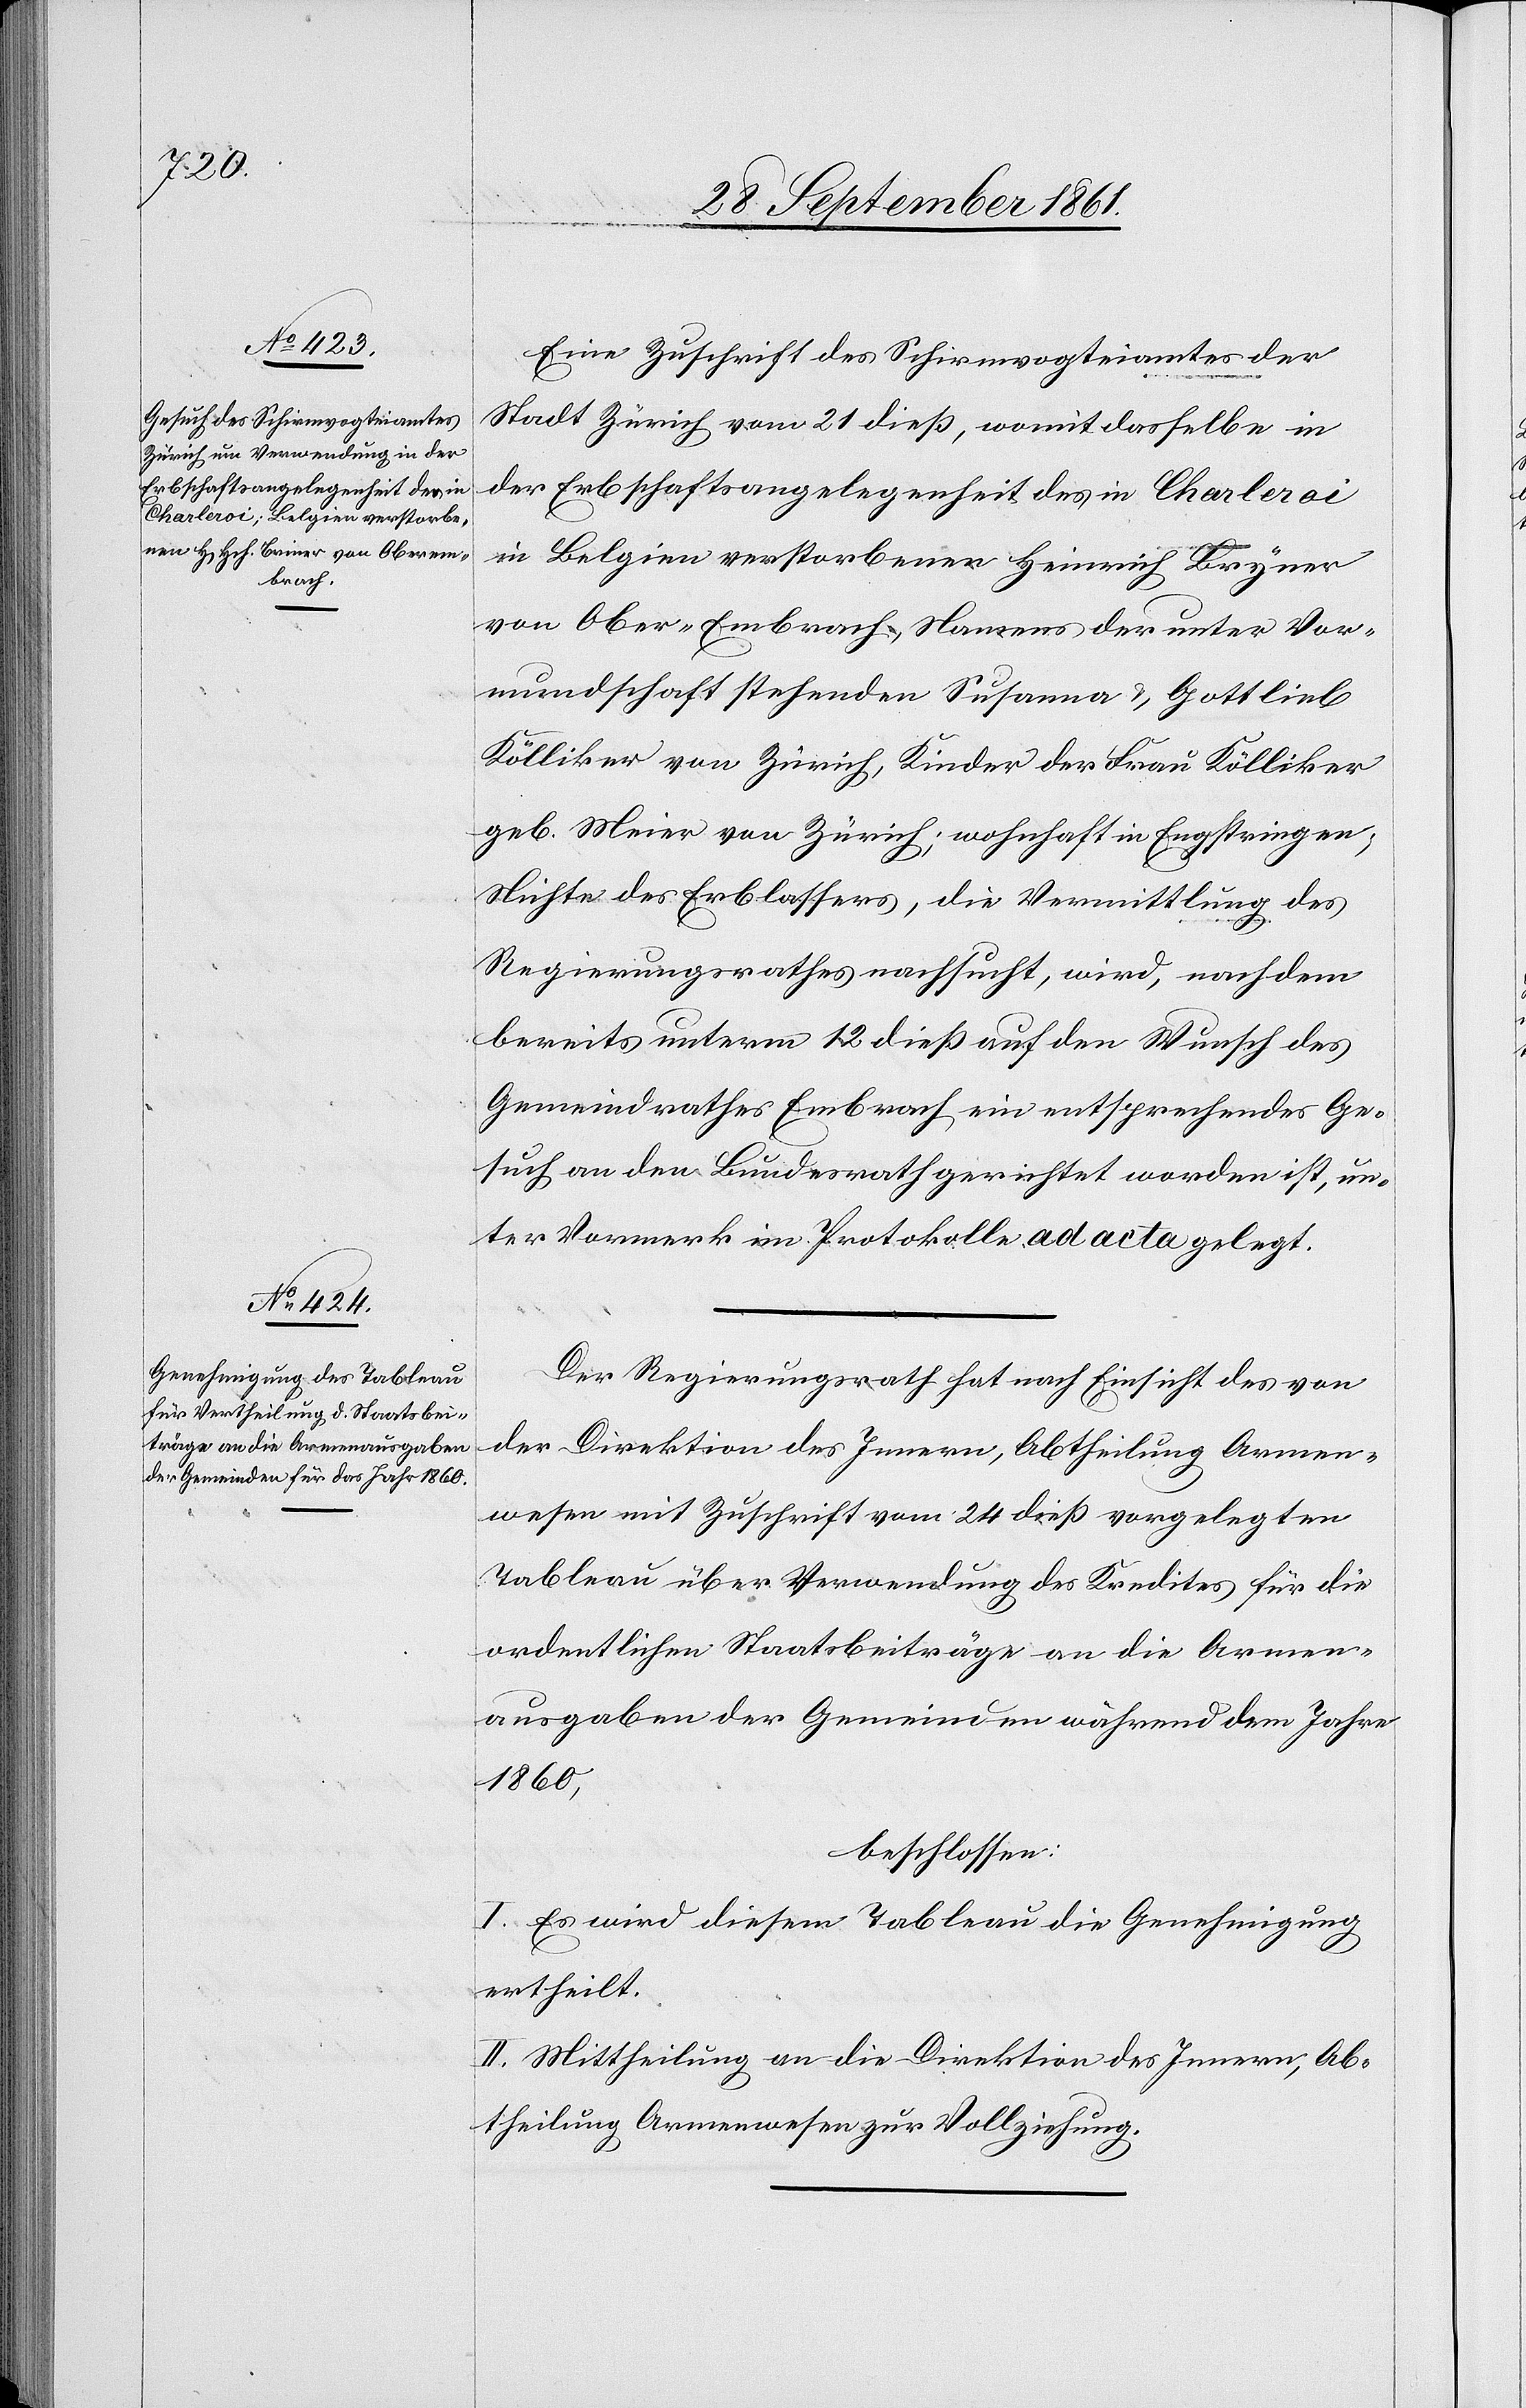
Eine Zuschrift des Schirmvogteiamtes der
Stadt Zürich vom 21 dieß, womit dasselbe in
der Erbschaftsangelegenheit des in Charleroi
in Belgien verstorbenen Heinrich Bryner
von Ober-Embrach, Namens der unter Vor¬
mundschaft stehenden Susanna u. Gottlieb
Kölliker von Zürich, Kinder der Frau Kölliker
geb. Meier von Zürich, wohnhaft in Engstringen,
Nichte des Erblassers, die Vermittlung des
Regierungsrathes nachsucht, wird, nachdem
bereits unterm 12 dieß auf den Wunsch des
Gemeindrathes Embrach ein entsprechendes Ge¬
such an den Bundesrath gerichtet worden ist, un¬
ter Vormerk im Protokolle ad acta gelegt.
Der Regierungsrath hat nach Einsicht des von
der Direktion des Innern, Abtheilung Armen¬
wesen mit Zuschrift vom 24 dieß vorgelegten
Tableau über Verwendung des Kredites für die
ordentlichen Staatsbeiträge an die Armen¬
ausgabe der Gemeinden während dem Jahre
1860,
beschlossen:
I. Es wird diesem Tableau die Genehmigung
ertheilt.
II. Mittheilung an die Direktion des Innern, Ab¬
theilung Armenwesen zur Vollziehung.